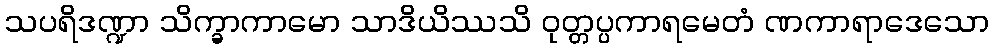
သပရိဒဏ္ဍာ သိက္ခာကာမော သာဒိယိဿသိ ဝုတ္တပ္ပကာရမေတံ ဏကာရာဒေသော